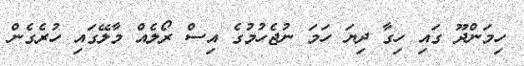
ހިމަންދޫ ގައި ހިގާ ދިޔަ ހަމަ ނުޖެހުމުގެ އިސް ރޯލެއް މާލޭގައި ހުރެގެން